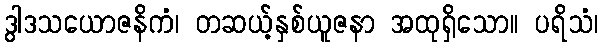
ဒွါဒသယောဇနိကံ၊ တဆယ့်နှစ်ယူဇနာ အထုရှိသော။ ပရိသံ၊